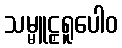
သမ္မူဠှရူပေါဝ